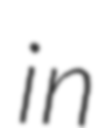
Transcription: in